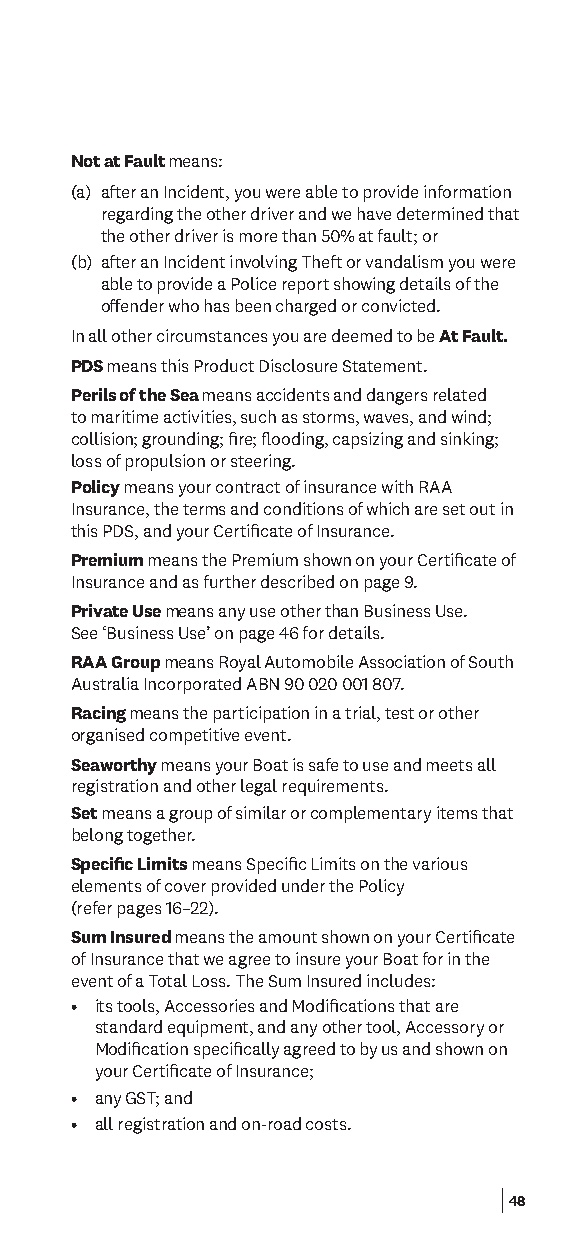
Not at Fault means:
 (a) after an Incident, you were able to provide information
 regarding the other driver and we have determined that
 the other driver is more than 50% at fault; or
 (b) after an Incident involving Theft or vandalism you were
 able to provide a Police report showing details of the
 ofender who has been charged or convicted.
 In all other circumstances you are deemed to be At Fault.
 PDS means this Product Disclosure Statement.
 Perils of the Sea means accidents and dangers related
 to maritime activities, such as storms, waves, and wind;
 collision; grounding; fre; fooding, capsizing and sinking;
 loss of propulsion or steering.
 Policy means your contract of insurance with RAA
 Insurance, the terms and conditions of which are set out in
 this PDS, and your Certifcate of Insurance.
 Premium means the Premium shown on your Certifcate of
 Insurance and as further described on page 9.
 Private Use means any use other than Business Use.
 See ‘Business Use’ on page 46 for details.
 RAA Group means Royal Automobile Association of South
 Australia Incorporated ABN 90 020 001 807.
 Racing means the participation in a trial, test or other
 organised competitive event.
 Seaworthy means your Boat is safe to use and meets all
 registration and other legal requirements.
 Set means a group of similar or complementary items that
 belong together.
 Specifc Limits means Specifc Limits on the various
 elements of cover provided under the Policy
 (refer pages 16–22).
 Sum Insured means the amount shown on your Certifcate
 of Insurance that we agree to insure your Boat for in the
 event of a Total Loss. The Sum Insured includes:
 • its tools, Accessories and Modifcations that are
 standard equipment, and any other tool, Accessory or
 Modifcation specifcally agreed to by us and shown on
 your Certifcate of Insurance;
 • any GST; and
 • all registration and on-road costs.
 48